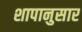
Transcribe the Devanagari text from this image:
शापानुसार